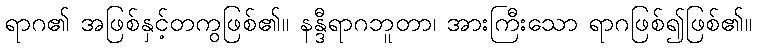
ရာဂ၏ အဖြစ်နှင့်တကွဖြစ်၏။ နန္ဒီရာဂဘူတာ၊ အားကြီးသော ရာဂဖြစ်၍ဖြစ်၏။